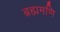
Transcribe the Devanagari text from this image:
ब्रह्ममणि